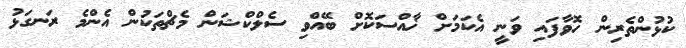
ކުޅުންތެރިން ހޮވާފައި ވަނީ އެކަމަށް ޚާއްސަކޮށް ބޭއްވި ސެލްކްޝަން މެޗްތަކުން އެންމެ ރަނގަޅު